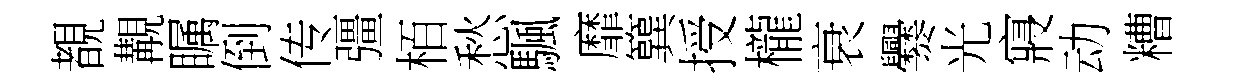
覩覯瞩倒传彊栢愁颿靡簨授櫳衰爨光寢动糟